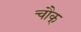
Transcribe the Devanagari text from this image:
चौक्